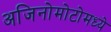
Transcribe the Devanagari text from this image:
अजिनोमोटोमध्ये